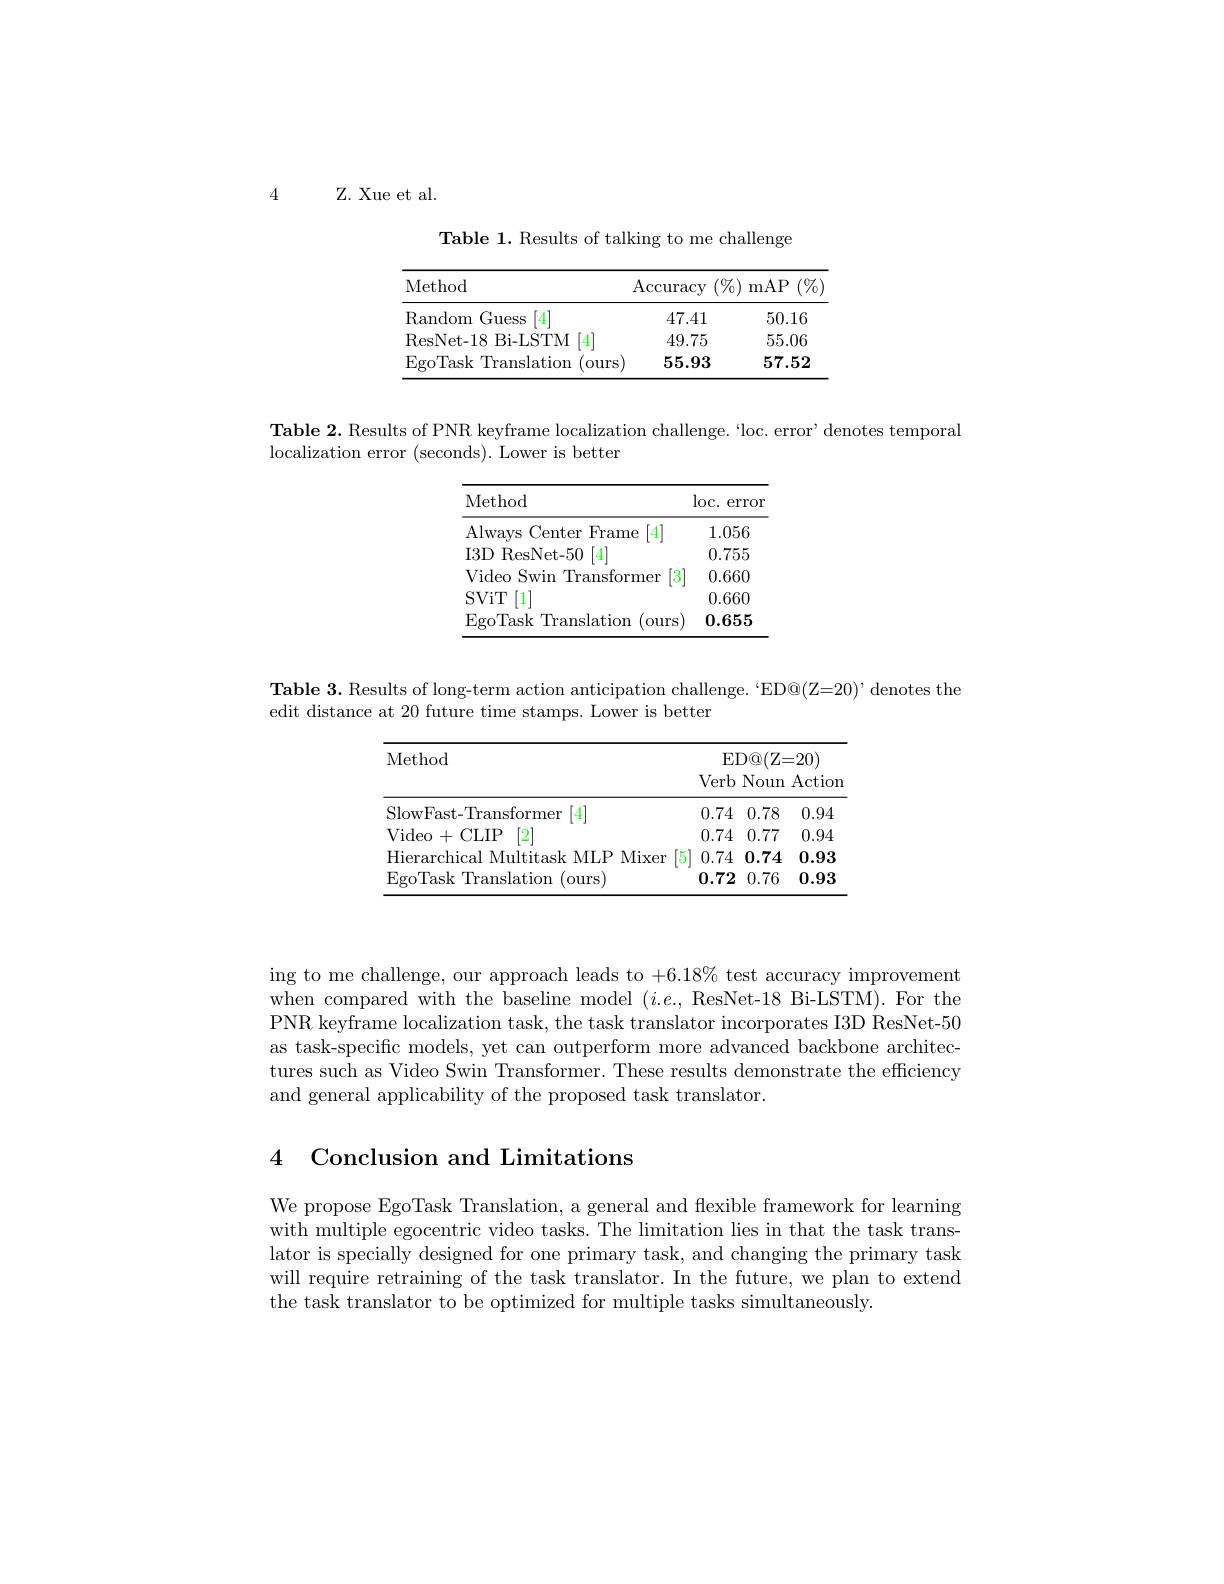
4

$Z.$ Xue et al.

Table 1. Results of talking to me challenge

<table>
	<tbody>
		<tr>
			<th>Method</th>
			<th>$\operatorname{Accuracy}$ $(\%$,</th>
			<th>$(\%)$ mAP</th>
		</tr>
		<tr>
			<td>Random Guess [4]</td>
			<td>47.41</td>
			<td>50.16</td>
		</tr>
		<tr>
			<td>ResNet- 18 Bi- LSTM 4</td>
			<td>49.75</td>
			<td>55.06</td>
		</tr>
		<tr>
			<td>EgoTask ${\mathrm{.~Translation}}$ (ours</td>
			<td>55.93</td>
			<td>57.52</td>
		</tr>
	</tbody>
</table>

Table 2. Results of PNR keyframe localization challenge.`loc. error' denotes temporal

localization error (seconds). Lower is better

<table>
	<tbody>
		<tr>
			<th>Method</th>
			<th>$\log$c. $\operatorname{error}$</th>
		</tr>
		<tr>
			<td>Always Center Frame 4</td>
			<td>1.056</td>
		</tr>
		<tr>
			<td>$I3D$ ResNet- 50 4</td>
			<td>0.755</td>
		</tr>
		<tr>
			<td>Video $\textbf{Swin}$ 1 Transformer</td>
			<td>0.660</td>
		</tr>
		<tr>
			<td>SViT 1</td>
			<td>0.660</td>
		</tr>
		<tr>
			<td>EgoTask $\textbf{x Translation}$ (ours</td>
			<td>0.655</td>
		</tr>
	</tbody>
</table>

Table 3. Results of long-term action anticipation challenge. ‘ED@(Z=20)’denotes the
edit distance at 20 future time stamps. Lower is better

<table>
	<tbody>
		<tr>
			<th>Method</th>
			<th>$\operatorname{ED@}(\mathbb{Z}=1)$ rb Noun</th>
			<th>=20) Action</th>
		</tr>
		<tr>
			<td>SlowFast-Transformer</td>
			<td>0.78 74</td>
			<td>0.94</td>
		</tr>
		<tr>
			<td>Video+CLIP 2</td>
			<td>0.77 74</td>
			<td>0.94</td>
		</tr>
		<tr>
			<td>Hierarchical Multitask MLP Mixer $15^{\prime}$</td>
			<td>74 0.74</td>
			<td>0.93</td>
		</tr>
		<tr>
			<td>EgoTask Translation (ours)</td>
			<td>72 0.76</td>
			<td>0.93</td>
		</tr>
	</tbody>
</table>

ing to me challenge, our approach leads to $+6.18\%$ test accuracy improvement when compared with the baseline model $(i.e.$,ResNet-18 Bi-LSTM).For the PNR keyframe localization task, the task translator incorporates I3D ResNet-50 as task-specific models, yet can outperform more advanced backbone architectures such as Video Swin Transformer. These results demonstrate the efficiency and general applicability of the proposed task translator.

# 4 Conclusion and Limitations

We propose EgoTask Translation, a general and flexible framework for learning with multiple egocentric video tasks. The limitation lies in that the task translator is specially designed for one primary task, and changing the primary task will require retraining of the task translator. In the future, we plan to extend the task translator to be optimized for multiple tasks simultaneously.